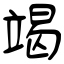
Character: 竭